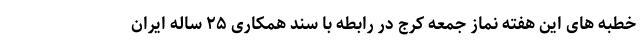
خطبه های این هفته نماز جمعه کرج در رابطه با سند همکاری ۲۵ ساله ایران